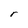
Character: r